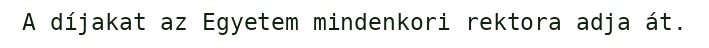
A díjakat az Egyetem mindenkori rektora adja át.